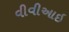
વીવીઆઇ